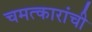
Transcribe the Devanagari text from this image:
चमत्कारांची